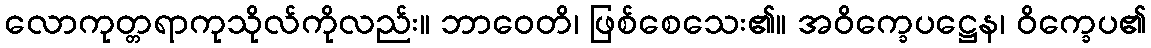
လောကုတ္တရာကုသိုလ်ကိုလည်း။ ဘာဝေတိ၊ ဖြစ်စေသေး၏။ အဝိက္ခေပဋ္ဌေန၊ ဝိက္ခေပ၏